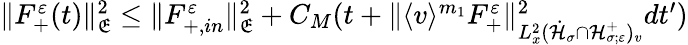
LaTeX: \begin{array}{r}{\| F_{+}^{\varepsilon}(t)\| _{\mathfrak E}^{2}\leq\| F_{+,in}^{\varepsilon}\| _{\mathfrak E}^{2}+C_{M}(t+\| \langle v\rangle^{m_{1}}F_{+}^{\varepsilon}\| _{L_{x}^{2}(\dot{\mathcal H}_{\sigma}\cap\mathcal H_{\sigma;\varepsilon}^{+})_{v}}^{2}dt^{\prime})}\end{array}